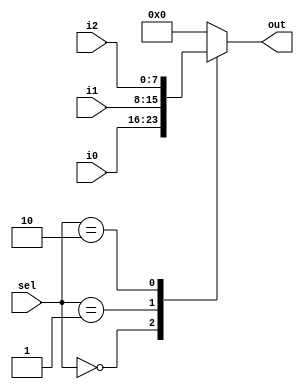
//////////////////////////////////////////////////////////////////////////////////
// Alex Hendren
// Sean McFeely
// EE480 - Heath - Spring 2013
// Accumulator Based Processor
//
// 3x1 MUX operation -
// Select | OUTPUT
//   00   |   i0
//   01   |   i1
//   10   |   i2
//
//////////////////////////////////////////////////////////////////////////////////
module mux_3_1(i0, i1, i2, sel, out);
	input [7:0] i0, i1, i2;
	input [1:0] sel;
	output reg [7:0] out;
	
	always @(i0 or i1 or i2 or sel)
	begin
		case( sel )
			2'b00:	out = i0;
			2'b01:	out = i1;
			2'b10:	out = i2;
			default: out = 8'b00000000;
		endcase
	end

endmodule